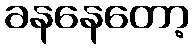
ခနနေတော့